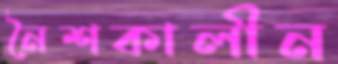
নৈশকালীন